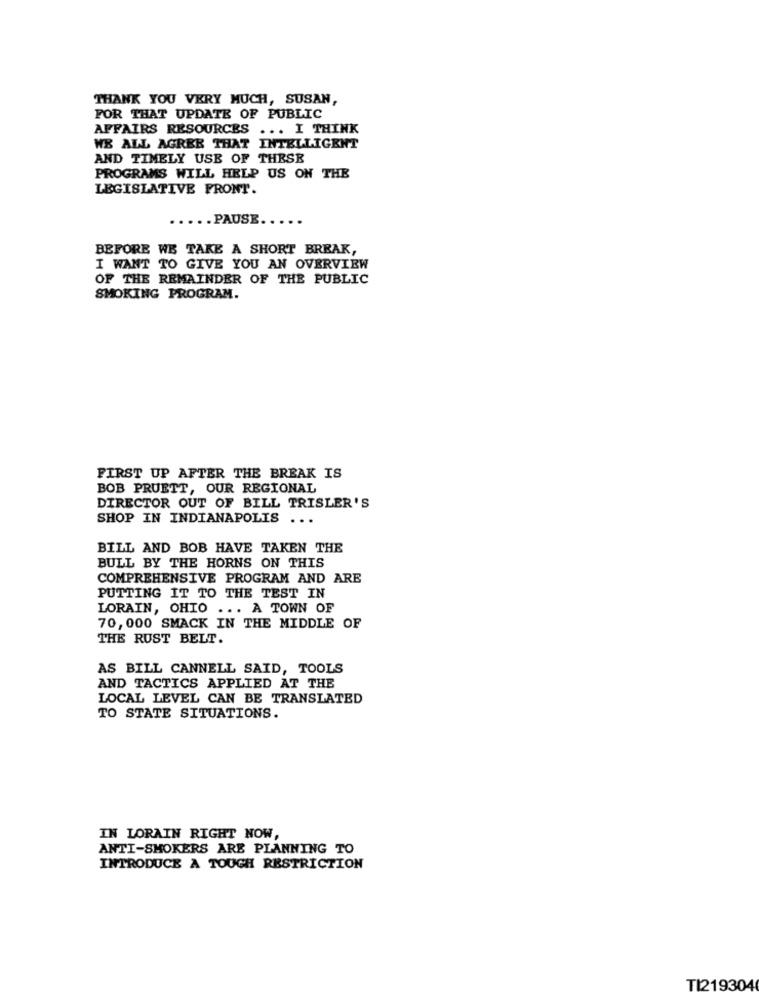
THANK YOU VERY MUCH, SUSAN,
FOR THAT UPDATE OF PUBLIC
AFFAIRS RESOURCES ... I THINK
WE ALL AGREE THAT INTELLIGENT
AND TIMELY USE OF THESE
PROGRAMS WILL HELP US ON THE
LEGISLATIVE FRONT.
..... PAUSE.
BEFORE WE TAKE A SHORT BREAK,
I WANT TO GIVE YOU AN OVERVIEW
OF THE REMAINDER OF THE PUBLIC
SMOKING PROGRAM.
FIRST UP AFTER THE BREAK IS
BOB PRUETT, OUR REGIONAL
DIRECTOR OUT OF BILL TRISLER'S
SHOP IN INDIANAPOLIS ...
BILL AND BOB HAVE TAKEN THE
BULL BY THE HORNS ON THIS
COMPREHENSIVE PROGRAM AND ARE
PUTTING IT TO THE TEST IN
LORAIN, OHIO ... A TOWN OF
70, 000 SMACK IN THE MIDDLE OF
THE RUST BELT.
AS BILL CANNELL SAID, TOOLS
AND TACTICS APPLIED AT THE
LOCAL LEVEL CAN BE TRANSLATED
TO STATE SITUATIONS.
IN LORAIN RIGHT NOW,
ANTI-SMOKERS ARE PLANNING TO
INTRODUCE A TOUGH RESTRICTION
TI219304